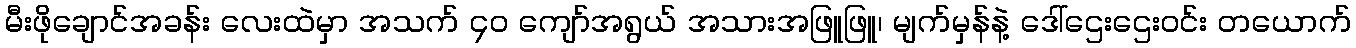
မီးဖိုချောင်အခန်း လေးထဲမှာ အသက် ၄၀ ကျော်အရွယ် အသားအဖြူဖြူ၊ မျက်မှန်နဲ့ ဒေါ်ဌေးဌေးဝင်း တယောက်